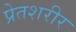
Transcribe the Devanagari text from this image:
प्रेतशरीर